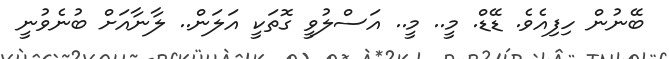
ބޭނުން ހިފިއެވެ. ޑޭޑް. މީ.. މީ.. އަސްލުވީ ގޮތަކީ އަލަން.. ލާނާއަށް ބުނެވުނީ